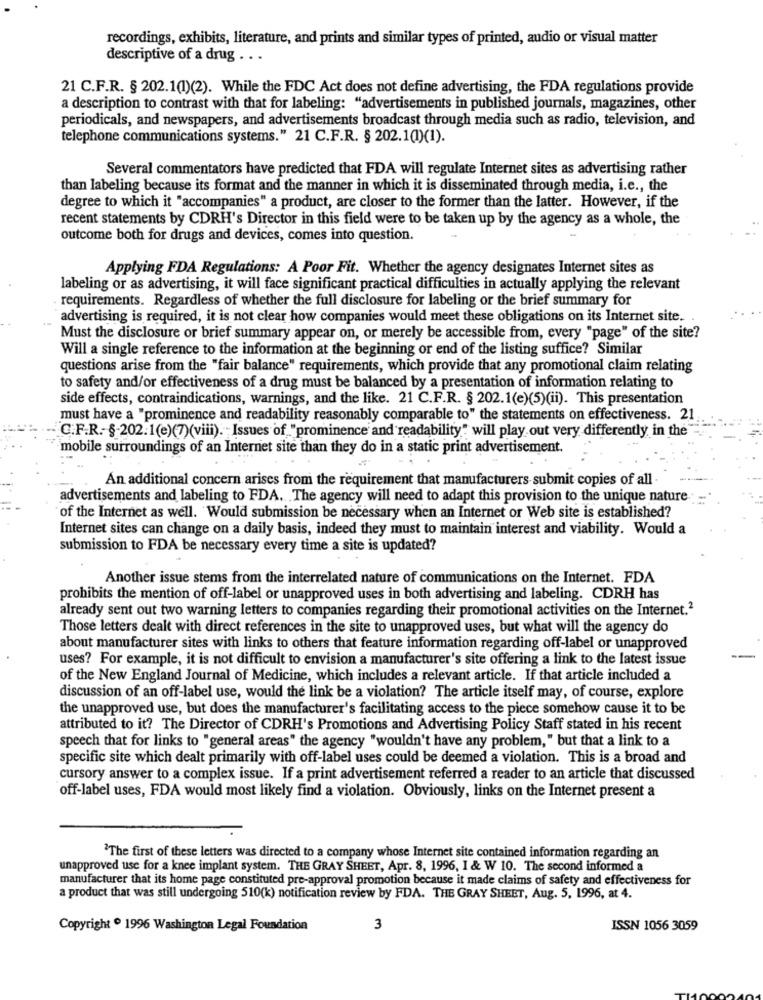
recordings, exhibits, literature, and prints and similar types of printed, audio or visual matter
descriptive of a drug . . .
21 C.F.R. § 202.1(1)(2). While the FDC Act does not define advertising, the FDA regulations provide
a description to contrast with that for labeling: "advertisements in published journals, magazines, other
periodicals, and newspapers, and advertisements broadcast through media such as radio, television, and
telephone communications systems." 21 C.F.R. § 202.1(1)(1).
Several commentators have predicted that FDA will regulate Internet sites as advertising rather
than labeling because its format and the manner in which it is disseminated through media, i.e ., the
degree to which it "accompanies" a product, are closer to the former than the latter. However, if the
recent statements by CDRH's Director in this field were to be taken up by the agency as a whole, the
outcome both for drugs and devices, comes into question.
Applying FDA Regulations: A Poor Fit. Whether the agency designates Internet sites as
labeling or as advertising, it will face significant practical difficulties in actually applying the relevant
requirements. Regardless of whether the full disclosure for labeling or the brief summary for
advertising is required, it is not clear how companies would meet these obligations on its Internet site.
Must the disclosure or brief summary appear on, or merely be accessible from, every "page" of the site?
Will a single reference to the information at the beginning or end of the listing suffice? Similar
questions arise from the "fair balance" requirements, which provide that any promotional claim relating
to safety and/or effectiveness of a drug must be balanced by a presentation of information relating to
side effects, contraindications, warnings, and the like. 21 C.F.R. § 202.1(e)(5)(ii). This presentation
must have a "prominence and readability reasonably comparable to" the statements on effectiveness. 21
C.F.R .- §-202.1(e)(7)(viii). " Issues of "prominence' and readability" will play out very differently in the
mobile surroundings of an Internet site than they do in a static print advertisement.
An additional concern arises from the requirement that manufacturers submit copies of all .
advertisements and labeling to FDA. . The agency will need to adapt this provision to the unique nature.
of the Internet as well. 'Would submission be necessary when an Internet or Web site is established?
Internet sites can change on a daily basis, indeed they must to maintain interest and viability. Would a
submission to FDA be necessary every time a site is updated?
Another issue stems from the interrelated nature of communications on the Internet. FDA
prohibits the mention of off-label or unapproved uses in both advertising and labeling. CDRH has
already sent out two warning letters to companies regarding their promotional activities on the Internet.2
Those letters dealt with direct references in the site to unapproved uses, but what will the agency do
about manufacturer sites with links to others that feature information regarding off-label or unapproved
uses? For example, it is not difficult to envision a manufacturer's site offering a link to the latest issue
of the New England Journal of Medicine, which includes a relevant article. If that article included a
discussion of an off-label use, would the link be a violation? The article itself may, of course, explore
the unapproved use, but does the manufacturer's facilitating access to the piece somehow cause it to be
attributed to it? The Director of CDRH's Promotions and Advertising Policy Staff stated in his recent
speech that for links to "general areas" the agency "wouldn't have any problem, " but that a link to a
specific site which dealt primarily with off-label uses could be deemed a violation. This is a broad and
cursory answer to a complex issue. If a print advertisement referred a reader to an article that discussed
off-label uses, FDA would most likely find a violation. Obviously, links on the Internet present a
"The first of these letters was directed to a company whose Internet site contained information regarding an
unapproved use for a knee implant system. THE GRAY SHEET, Apr. 8, 1996, I & W 10. The second informed a
manufacturer that its home page constituted pre-approval promotion because it made claims of safety and effectiveness for
a product that was still undergoing 510(k) notification review by FDA. THE GRAY SHEET, Aug. 5, 1996, at 4.
Copyright º 1996 Washington Legal Foundation
3
ISSN 1056 3059